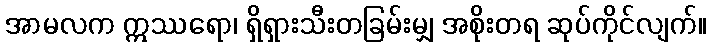
အာမလက ဣဿရော၊ ရှိရှားသီးတခြမ်းမျှ အစိုးတရ ဆုပ်ကိုင်လျက်။